Vaccination in the Punjab 1905-1918 - 1905-1918
Year: 1905
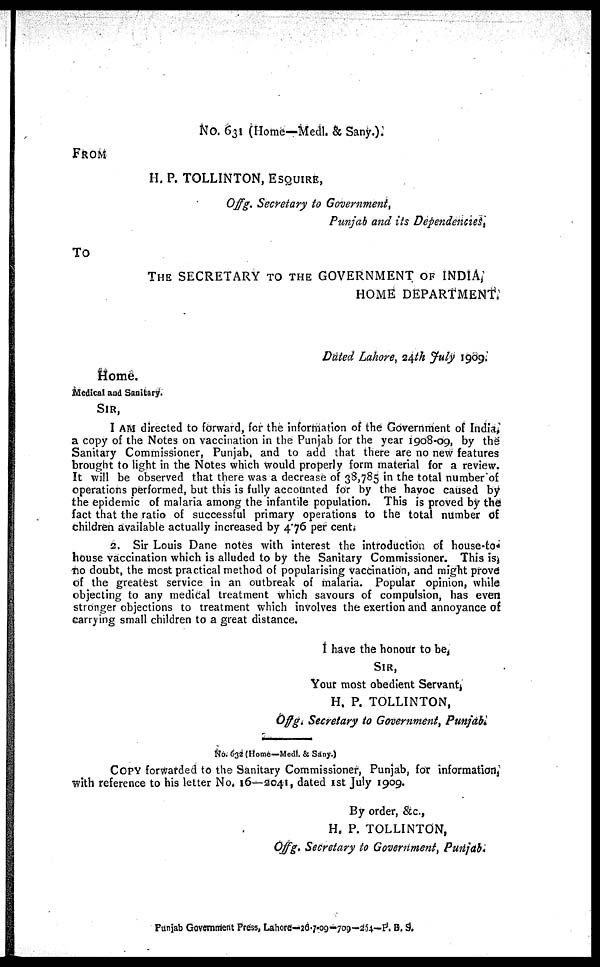
No. 631 (Home—Medl. & Sany.).
FROM
H. P. TOLLINTON, ESQUIRE,
Offg. Secretary to Government,
Punjab and its Dependencies,
To
THE SECRETARY TO THE GOVERNMENT OF INDIA,
HOME DEPARTMENT.
Dated Lahore, 24th July 1909.
Home.
Medical and Sanitary.
SIR,
I AM directed to forward, for the information of the Government of India,
a copy of the Notes on vaccination in the Punjab for the year 1908-09, by the
Sanitary Commissioner, Punjab, and to add that there are no new features
brought to light in the Notes which would properly form material for a review.
It will be observed that there was a decrease of 38,785 in the total number of
operations performed, but this is fully accounted for by the havoc caused by
the epidemic of malaria among the infantile population. This is proved by the
fact that the ratio of successful primary operations to the total number of
children available actually increased by 4.76 per cent.
2. Sir Louis Dane notes with interest the introduction of house-to
house vaccination which is alluded to by the Sanitary Commissioner. This is,
no doubt, the most practical method of popularising vaccination, and might prove
of the greatest service in an outbreak of malaria. Popular opinion, while
objecting to any medical treatment which savours of compulsion, has even
stronger objections to treatment which involves the exertion and annoyance of
carrying small children to a great distance.
I have the honour to be,
SIR,
Your most obedient Servant,
H. P. TOLLINTON,
Offg. Secretary to Government, Punjab.
No. 632 (Home—Medl. & Sany.)
COPY forwarded to the Sanitary Commissioner, Punjab, for information,
with reference to his letter No. 16—2041, dated 1st July 1909.
By order, &c.,
H. P. TOLLINTON,
Offg. Secretary to Government, Punjab.
Punjab Government Press, Lahore—26-7-09—709—254—P. B. S.